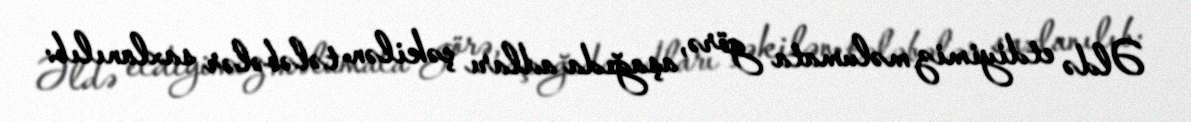
Əldə etdiyimiz məlumata görə, aşağıda adları çəkilən tələbələr saxlanılıb: